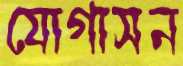
যোগাসন